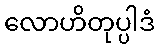
လောဟိတုပ္ပါဒံ